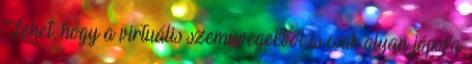
Lehet, hogy a virtuális szemüvegekből is csak olyan jópofa